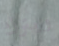
ويترك